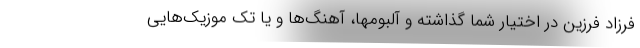
فرزاد فرزین در اختیار شما گذاشته و آلبومها، آهنگ‌ها و یا تک موزیک‌هایی